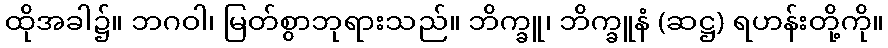
ထိုအခါ၌။ ဘဂဝါ၊ မြတ်စွာဘုရားသည်။ ဘိက္ခူ၊ ဘိက္ခူနံ (ဆဋ္ဌ) ရဟန်းတို့ကို။